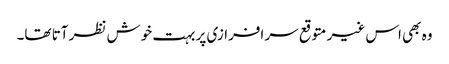
وہ بھی اس غیر متوقع سر افرازی پر بہت خوش نظر آتا تھا۔